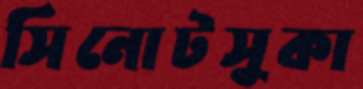
সিনোটসুকা